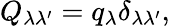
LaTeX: Q_{\lambda\lambda^{\prime}}=q_{\lambda}\delta_{\lambda\lambda^{\prime}},